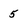
Character: 5